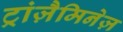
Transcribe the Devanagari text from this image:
ट्रांज़ैमिनेज़